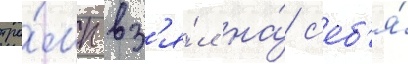
тра́мп вз'я́л на́ с'еб'я́